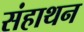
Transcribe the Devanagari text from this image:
संहाथन